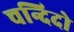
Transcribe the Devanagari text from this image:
चन्दिदो